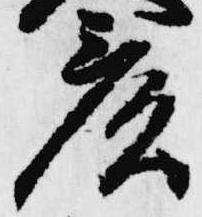
彦